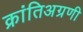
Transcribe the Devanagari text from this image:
क्रांतिअग्रणी